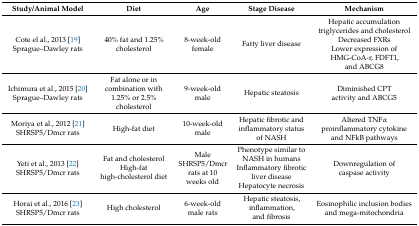
<table><thead><tr><td><b>Study/Animal Model</b></td><td><b>Diet</b></td><td><b>Age</b></td><td><b>Stage Disease</b></td><td><b>Mechanism</b></td></tr></thead><tbody><tr><td>Cote el al., 2013 [19] Sprague–Dawley rats</td><td>40% fat and 1.25% cholesterol</td><td>8-week-old female</td><td>Fatty liver disease </td><td>Hepatic accumulation triglycerides and cholesterolDecreased FXRsLower expression of HMG-CoA-r, FDFT1, and ABCG8 </td></tr><tr><td>Ichimura et al., 2015 [20] Sprague–Dawley rats</td><td>Fat alone or in combination with 1.25% or 2.5% cholesterol</td><td>9-week-old male</td><td>Hepatic steatosis </td><td>Diminished CPTactivity and ABCG5</td></tr><tr><td>Moriya et al., 2012 [21] SHRSP5/Dmcr rats</td><td>High-fat diet</td><td>10-week-old male</td><td>Hepatic fibrotic and inflammatory status of NASH</td><td>Altered TNFα proinflammatory cytokine and NFkB pathways</td></tr><tr><td>Yeti et al., 2013 [22]SHRSP5/Dmcr rats</td><td>Fat and cholesterol High-fat high-cholesterol diet</td><td>Male SHRSP5/Dmcr rats at 10 weeks old</td><td>Phenotype similar to NASH in humansInflammatory fibrotic liver diseaseHepatocyte necrosis</td><td>Downregulation of caspase activity</td></tr><tr><td>Horai et al., 2016 [23] SHRSP5/Dmcr rats </td><td>High cholesterol </td><td>6-week-old male rats</td><td>Hepatic steatosis, inflammation, and fibrosis</td><td>Eosinophilic inclusion bodies and mega-mitochondria</td></tr></tbody></table>